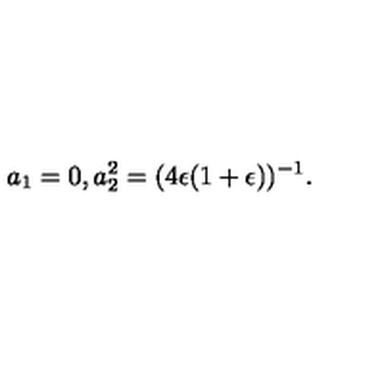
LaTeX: a _ { 1 } = 0 , a _ { 2 } ^ { 2 } = ( 4 \epsilon ( 1 + \epsilon ) ) ^ { - 1 } .